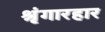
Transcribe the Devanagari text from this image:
श्रृंगारहार